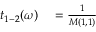
\begin{array} { r l } { t _ { 1 - 2 } ( \omega ) } & { { } = \frac { 1 } { M ( 1 , 1 ) } } \end{array}